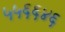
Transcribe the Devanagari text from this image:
५५६६४६